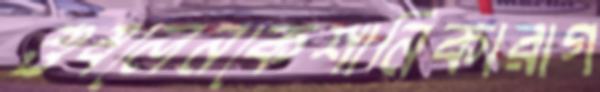
শুষলেনকেশানিকারাগ